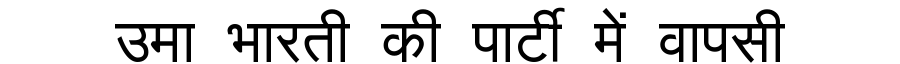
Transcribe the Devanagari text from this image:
उमा भारती की पार्टी में वापसी